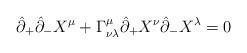
LaTeX: \begin{align*}\hat{\partial}_+ \hat{\partial}_- X^\mu + \Gamma^\mu_{\nu\lambda} \hat{\partial}_+ X^\nu \hat{\partial}_- X^\lambda =0 \end{align*}